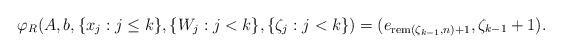
LaTeX: \begin{align*}\varphi_R( A, b, \lbrace x_j : j \leq k \rbrace, \lbrace W_j : j < k \rbrace, \lbrace \zeta_j : j < k \rbrace) = (e_{\mathrm{rem}(\zeta_{k-1}, n) + 1}, \zeta_{k-1}+1).\end{align*}